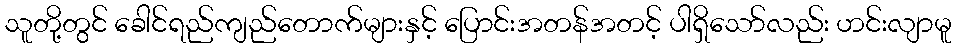
သူတို့တွင် ခေါင်ရည်ကျည်တောက်များနှင့် ပြောင်းအတန်အတင့် ပါရှိသော်လည်း ဟင်းလျာမူ